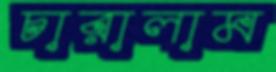
চারালাম